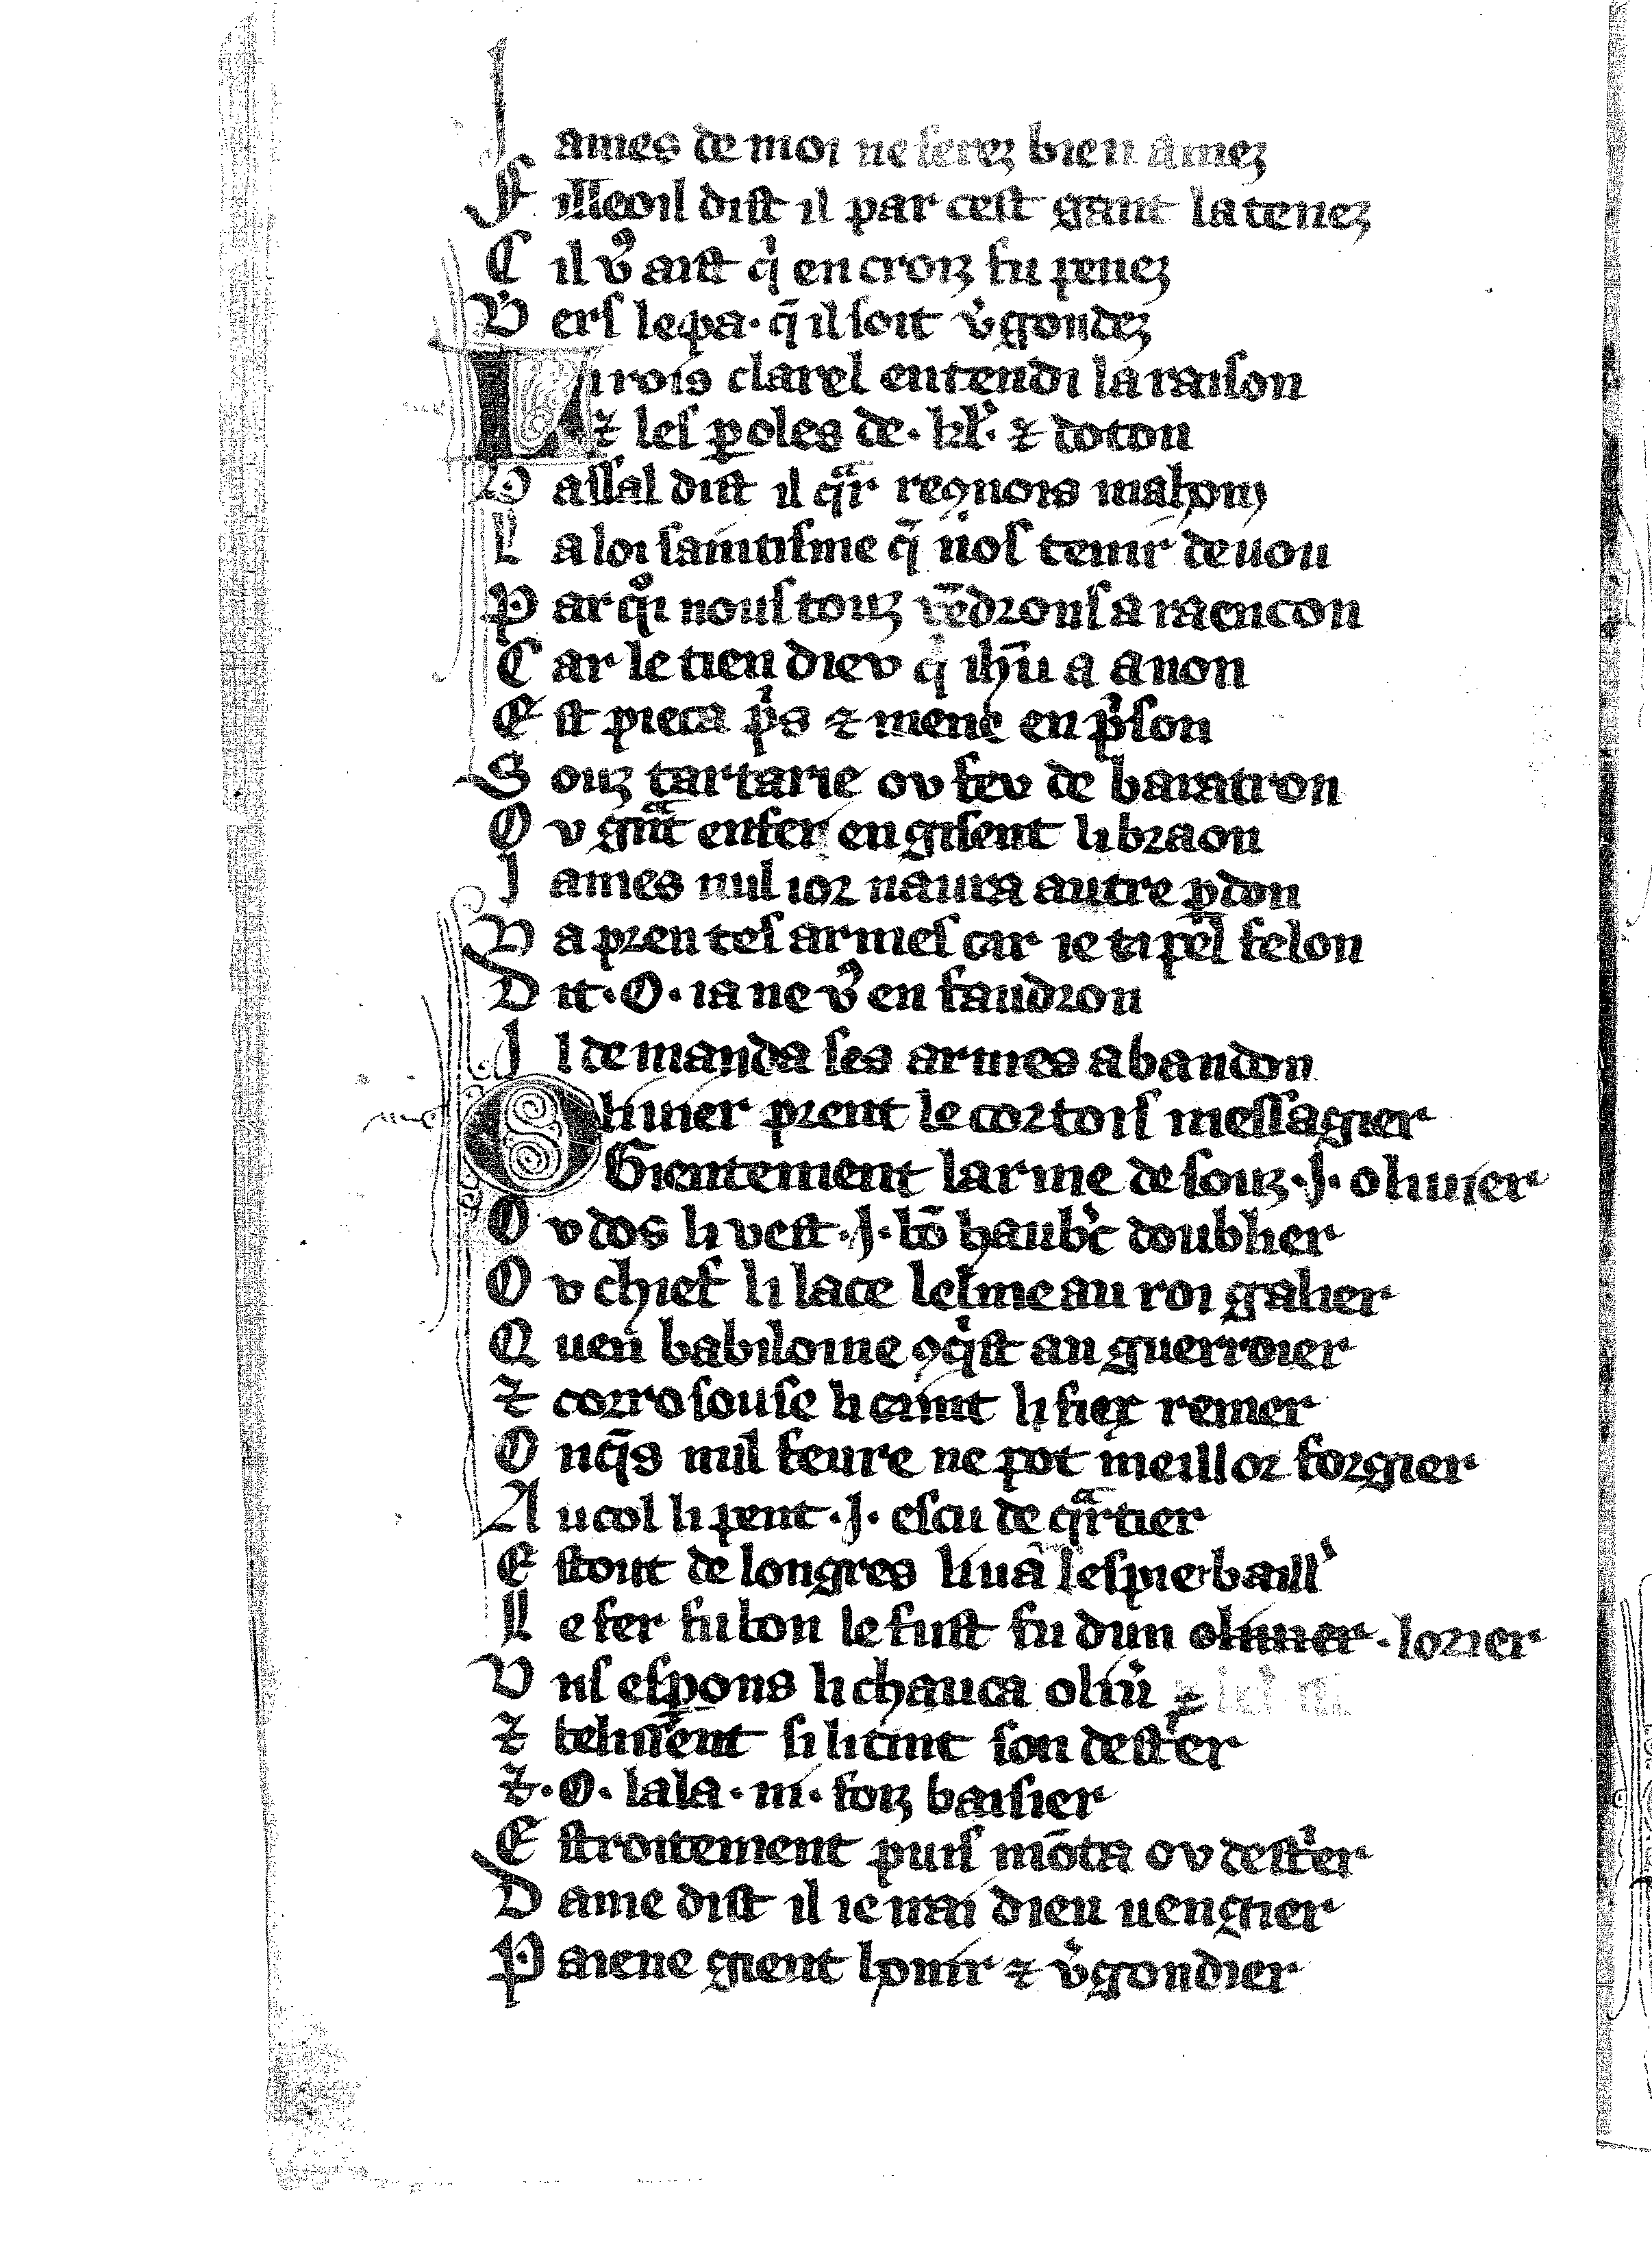
Shelfmark: Vatican, Biblioteca apostolica vaticana, Reg.lat. 1616
Century: 14